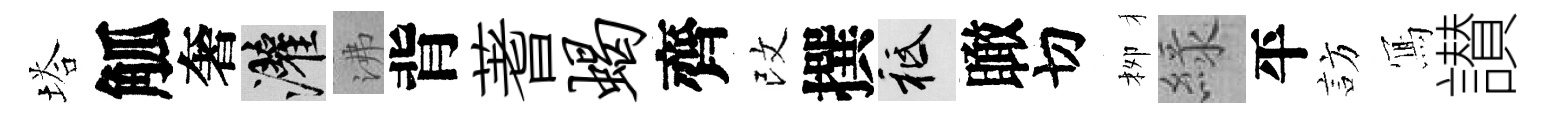
塔觚奢灌沸背蓍蝎齊改撰祇瞰切栁緑平訪𭂁讃